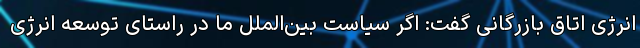
انرژی اتاق بازرگانی گفت: اگر سیاست بین‌الملل ما در راستای توسعه انرژی